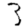
Digit: 3